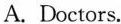
A.is created by Zhang Ming's parents